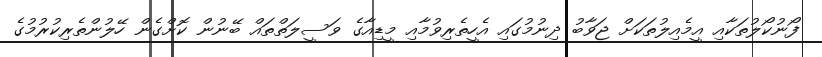
ފޯނުކޯލުތަކާއި އީމެއިލުތަކަށް ޖަވާބު ދިނުމުގައި އެހީތެރިވުމާއި މީޑިއާގެ ވަސީލަތްތައް ބޭނުން ކޮށްގެން ހޭލުންތެރިކުރުމުގެ